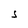
Character: S